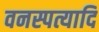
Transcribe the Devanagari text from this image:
वनस्पत्यादि